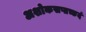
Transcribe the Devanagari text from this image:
अशोकसप्तच्छदं